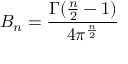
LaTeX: B _ { n } = \frac { \Gamma ( \frac { n } { 2 } - 1 ) } { 4 \pi ^ { \frac { n } { 2 } } }